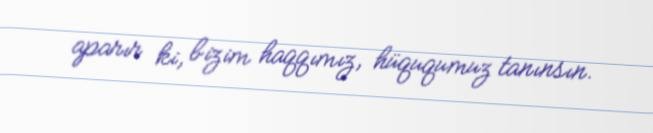
aparır ki, bizim haqqımız, hüququmuz tanınsın.